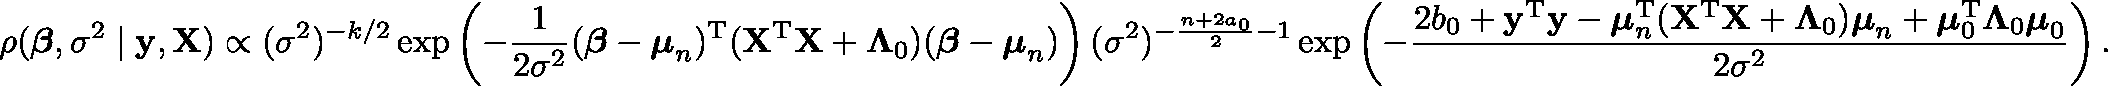
\rho ( { \boldsymbol { \beta } } , \sigma ^ { 2 } \mid \mathbf { y } , \mathbf { X } ) \propto ( \sigma ^ { 2 } ) ^ { - k / 2 } \exp \left( - { \frac { 1 } { 2 { \sigma } ^ { 2 } } } ( { \boldsymbol { \beta } } - { \boldsymbol { \mu } } _ { n } ) ^ { \mathrm { { T } } } ( \mathbf { X } ^ { \mathrm { { T } } } \mathbf { X } + \mathbf { \Lambda } _ { 0 } ) ( { \boldsymbol { \beta } } - { \boldsymbol { \mu } } _ { n } ) \right) ( \sigma ^ { 2 } ) ^ { - { \frac { n + 2 a _ { 0 } } { 2 } } - 1 } \exp \left( - { \frac { 2 b _ { 0 } + \mathbf { y } ^ { \mathrm { { T } } } \mathbf { y } - { \boldsymbol { \mu } } _ { n } ^ { \mathrm { { T } } } ( \mathbf { X } ^ { \mathrm { { T } } } \mathbf { X } + { \boldsymbol { \Lambda } } _ { 0 } ) { \boldsymbol { \mu } } _ { n } + { \boldsymbol { \mu } } _ { 0 } ^ { \mathrm { { T } } } { \boldsymbol { \Lambda } } _ { 0 } { \boldsymbol { \mu } } _ { 0 } } { 2 \sigma ^ { 2 } } } \right) .